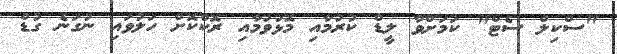
"ސްކިލް ސެޓް" ކަމަށްވާ ލީޑް ކުރުމާއި މޮޅުވުމާއި ރޮކްކޮށް ހަލުވައި ނުގަނެ ގުޑް